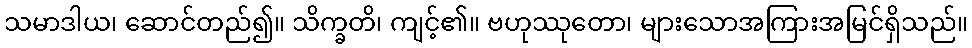
သမာဒါယ၊ ဆောင်တည်၍။ သိက္ခတိ၊ ကျင့်၏။ ဗဟုဿုတော၊ များသောအကြားအမြင်ရှိသည်။